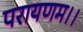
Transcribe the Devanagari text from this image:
परायणम।।